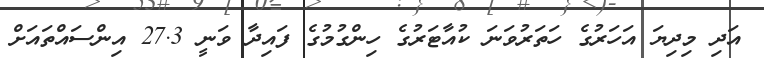
އަދި މިދިޔަ އަހަރުގެ ހަތަރުވަނަ ކުއާޓަރުގެ ހިންގުމުގެ ފައިދާ ވަނީ 27.3 އިންސައްތައަށް